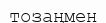
тозаңмен